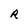
Character: R